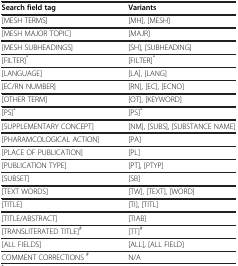
<table><thead><tr><td><b>Search field tag</b></td><td><b>Variants</b></td></tr></thead><tbody><tr><td>[MESH TERMS]</td><td>[MH], [MESH]</td></tr><tr><td>[MESH MAJOR TOPIC]</td><td>[MAJR]</td></tr><tr><td>[MESH SUBHEADINGS]</td><td>[SH], [SUBHEADING]</td></tr><tr><td>[FILTER]<sup>*</sup></td><td>[FILTER]<sup>*</sup></td></tr><tr><td>[LANGUAGE]</td><td>[LA], [LANG]</td></tr><tr><td>[EC/RN NUMBER]</td><td>[RN], [EC], [ECNO]</td></tr><tr><td>[OTHER TERM]</td><td>[OT], [KEYWORD]</td></tr><tr><td>[PS]<sup>*</sup></td><td>[PS]<sup>*</sup></td></tr><tr><td>[SUPPLEMENTARY CONCEPT]</td><td>[NM], [SUBS], [SUBSTANCE NAME]</td></tr><tr><td>[PHARAMCOLOGICAL ACTION]</td><td>[PA]</td></tr><tr><td>[PLACE OF PUBLICATION]</td><td>[PL]</td></tr><tr><td>[PUBLICATION TYPE]</td><td>[PT], [PTYP]</td></tr><tr><td>[SUBSET]</td><td>[SB]</td></tr><tr><td>[TEXT WORDS]</td><td>[TW], [TEXT], [WORD]</td></tr><tr><td>[TITLE]</td><td>[TI], [TITL]</td></tr><tr><td>[TITLE/ABSTRACT]</td><td>[TIAB]</td></tr><tr><td>[TRANSLITERATED TITLE]<sup>#</sup></td><td>[TT]<sup>#</sup></td></tr><tr><td>[ALL FIELDS]</td><td>[ALL], [ALL FIELD]</td></tr><tr><td>COMMENT CORRECTIONS <sup>#</sup></td><td>N/A</td></tr></tbody></table>